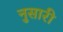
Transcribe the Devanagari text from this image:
नुसारी